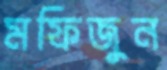
মফিজুন